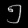
Digit: ၅